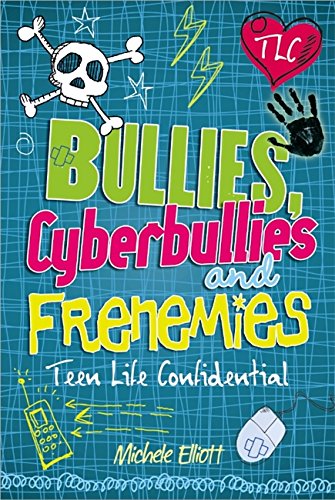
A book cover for Bullies, Cyberbullies and Frenemies (Teen Life Confidential); Michelle Elliott; Teen & Young Adult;